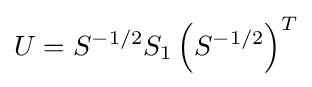
U=S^{-1/2}S_{1}\left(S^{-1/2}\right)^{T}